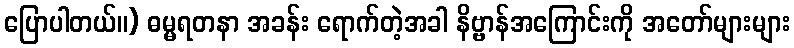
ပြောပါတယ်။) ဓမ္မရတနာ အခန်း ရောက်တဲ့အခါ နိဗ္ဗာန်အကြောင်းကို အတော်များများ